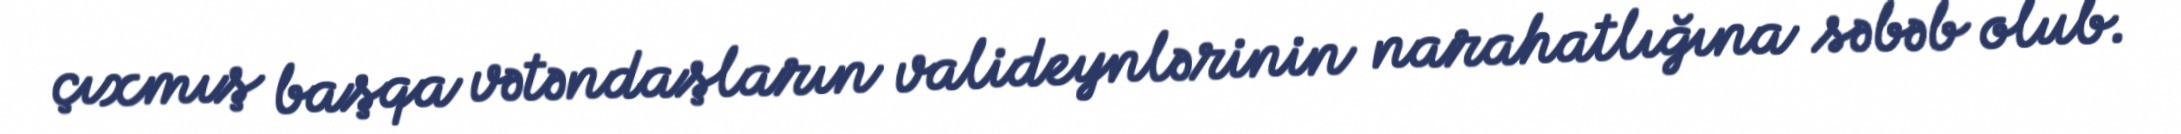
çıxmış başqa vətəndaşların valideynlərinin narahatlığına səbəb olub.